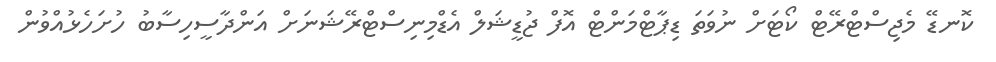
ކޮނޑޭ މެޖިސްޓްރޭޓް ކޯޓަށް ނުވަތަ ޑިޕާޓްމަންޓް އޮފް ޖުޑީޝަލް އެޑްމިނިސްޓްރޭޝަނަށް އަންދާސީހިސާބު ހުށަހެޅުއްވުން